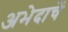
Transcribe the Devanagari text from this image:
अभेदाचें